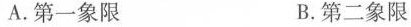
A.第一象限B.第二象限